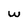
Character: w